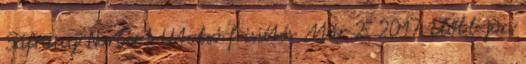
Sáfrány Norbert Utolsó frissítés Már 2, 2017 Előbb jön